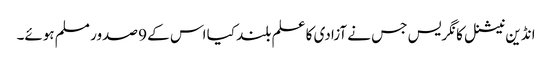
انڈین نیشنل کانگریس جس نے آزادی کا علم بلند کیا اس کے 9 صدور مسلم ہوئے۔